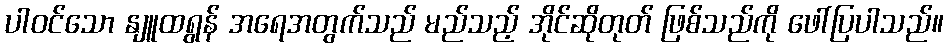
ပါဝင်သော နျူထရွန် အရေအတွက်သည် မည်သည့် အိုင်ဆိုတုတ် ဖြစ်သည်ကို ဖေါ်ပြပါသည်။